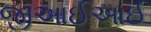
જીઆઈઆઈ